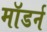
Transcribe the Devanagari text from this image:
माॅडर्न